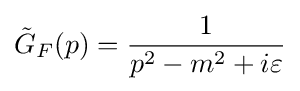
{\tilde {G}}_{F}(p)={\frac {1}{p^{2}-m^{2}+i\varepsilon }}